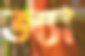
অ্যা